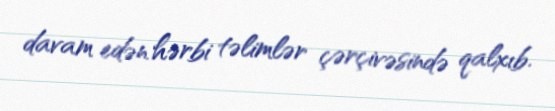
davam edən hərbi təlimlər çərçivəsində qalxıb.